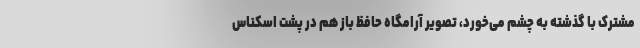
مشترک با گذشته به چشم می‌خورد، تصویر آرامگاه حافظ باز هم در پشت اسکناس